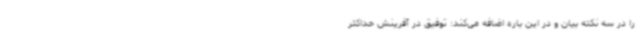
را در سه نکته بیان و در این باره اضافه می‌کند: توفیق در آفرینش حداکثر